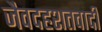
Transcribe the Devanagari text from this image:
जैवदहशतवादी